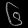
Digit: ၆